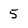
Character: 5